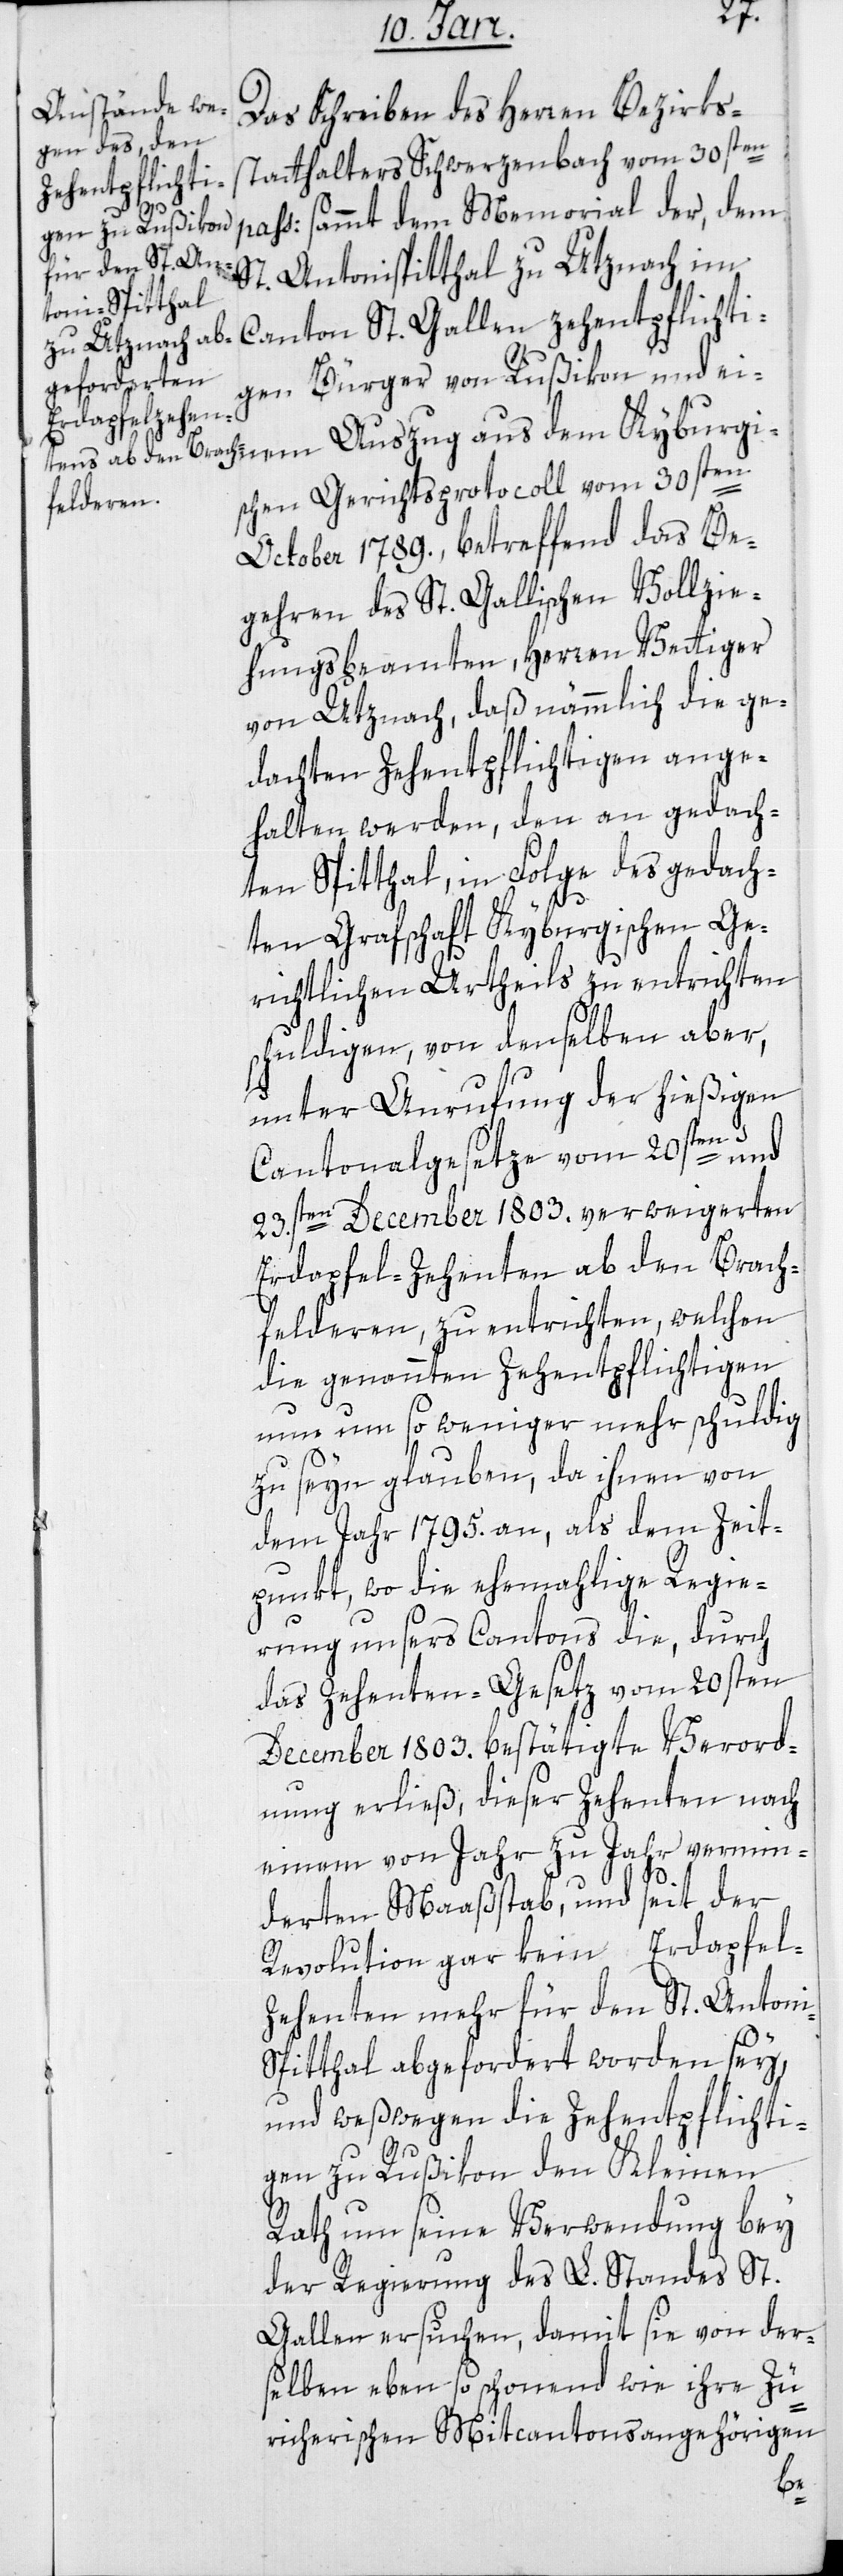
Das Schreiben des Herren Bezirks¬
statthalters Schwerzenbach vom 30sten
i-S¬
pass: sammt dem Memorial der, dem
St. Antoni-Spitthal zu Utznach im
Canton St. Gallen zehentpflichti¬
gen Bürger von Rußikon, und ei¬
schen Gerichtsprotocoll vom 30sten
October 1789, betreffend das Be¬
gehren des St. Gallischen Vollzie¬
hungsbeamten, Herren Vettiger
von Utznach, daß nämmlich die ge¬
dachten Zehentpflichtigen ange¬
halten werden, den an gedach¬
ten Spitthal, in Folge des gedach¬
ten Grafschaft-Kyburgischen-Ge¬
richtlichen Urtheils zu entrichten
schuldigen, von denselben aber,
unter Anrufung der hießigen
nem
Cantonalgesetze vom 20sten und
23sten December 1803. verweigerten
Erdapfelzehenten ab den Brach¬
felderen, zu entrichten, welchen
die genannten Zehentpflichtigen
nun um so weniger mehr schuldig
zu seyn glauben, da ihnen von
dem Jahr 1795. an, als dem Zeit¬
punkt, wo die ehemalige Regie¬
rung unsers Cantons die, durch
das Zehenten-Gesetz vom 20sten
December 1803. bestätigte Verord¬
nung erließ, dieser Zehenten nach
einem von Jahr zu Jahr vermin¬
derten Maaßstab, und seit der
Revolution gar kein Erdapfel¬
zehenten mehr für den St. Anton¬
pitthal abgefordert worden sey,
und weswegen die Zehentpflichti¬
gen zu Rußikon den Kleinen
Rath um seine Verwendung bei
der Regierung des L. Standes St.
Gallen ersuchen, damit sie von der¬
selben eben so schonend wie ihre Zü¬
rcherischen Mitcantonsangehörigen